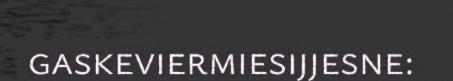
gaskeviermiesijjesne: